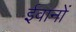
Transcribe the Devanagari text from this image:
ईवानों